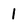
Character: 1